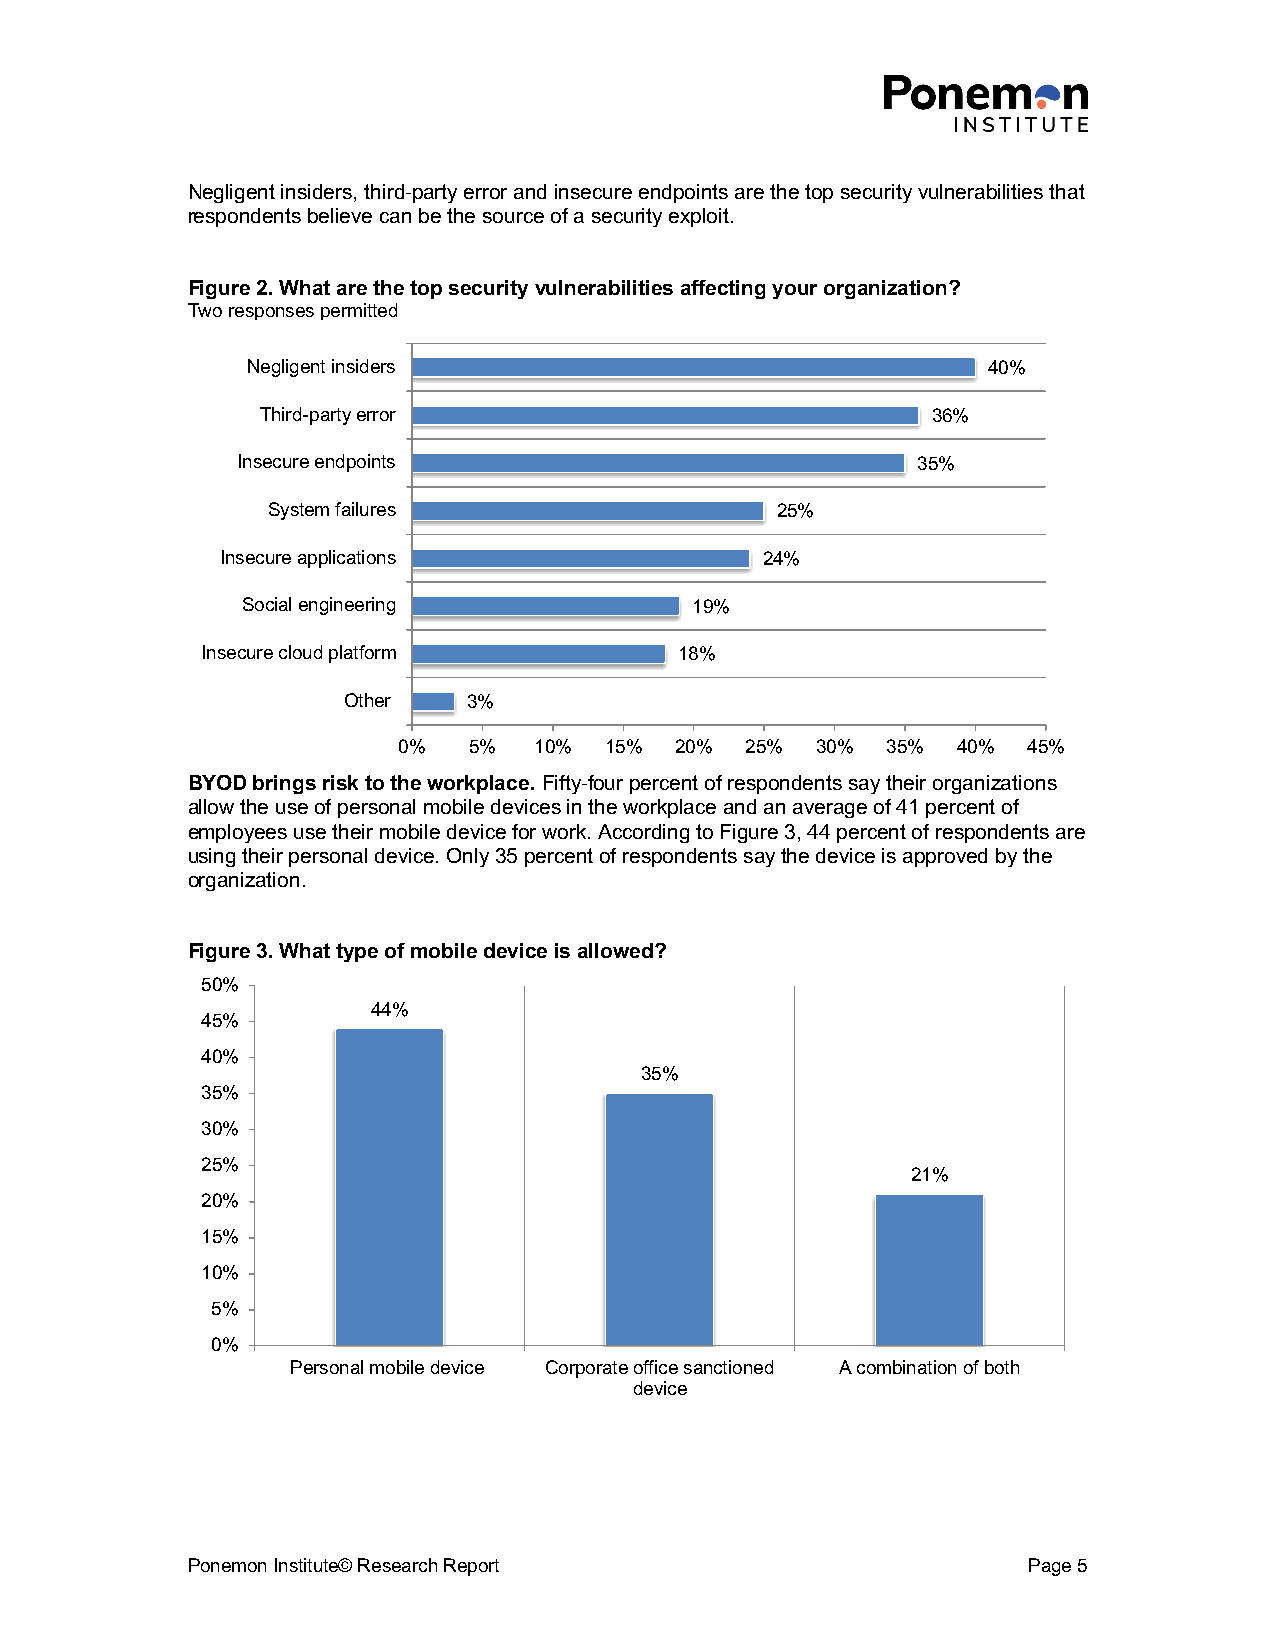
Negligent insiders, third-party error and insecure endpoints are the top security vulnerabilities that
 respondents believe can be the source of a security exploit.
 Figure 2. What are the top security vulnerabilities affecting your organization?
 Two responses permitted
 Negligent insiders                               40%
 Third-party error                            36%
 Insecure endpoints                           35%
 System failures                  25%
 Insecure applications              24%
 Social engineering            19%
 Insecure cloud platform         18%
 Other   3%
 0%   5%  10%  15%  20% 25%  30%  35% 40%  45%
 BYOD brings risk to the workplace. Fifty-four percent of respondents say their organizations
 allow the use of personal mobile devices in the workplace and an average of 41 percent of
 employees use their mobile device for work. According to Figure 3, 44 percent of respondents are
 using their personal device. Only 35 percent of respondents say the device is approved by the
 organization.
 Figure 3. What type of mobile device is allowed?
 50%
 44%
 45%
 40%
 35%
 35%
 30%
 25%
 21%
 20%
 15%
 10%
 5%
 0%
 Personal mobile device Corporate office sanctioned A combination of both
 device
 Ponemon Institute© Research Report                      Page 5